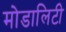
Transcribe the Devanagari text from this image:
मोडालिटी